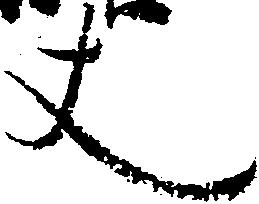
丈